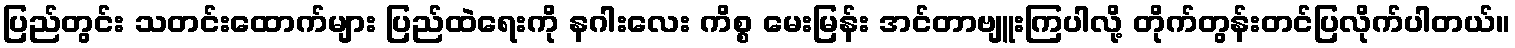
ပြည်တွင်း သတင်းထောက်များ ပြည်ထဲရေးကို နဂါးလေး ကိစ္စ မေးမြန်း အင်တာဗျူးကြပါလို့ တိုက်တွန်းတင်ပြလိုက်ပါတယ်။